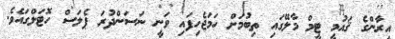
އީރާންގެ ޤައުމީ ޓީމް މާލޭގައި ތިބުމަށް ހަމަޖެހިފައި ވަނީ ނަސަންދުރަ ޕެލަސް ހޮޓަލްގައެވެ.